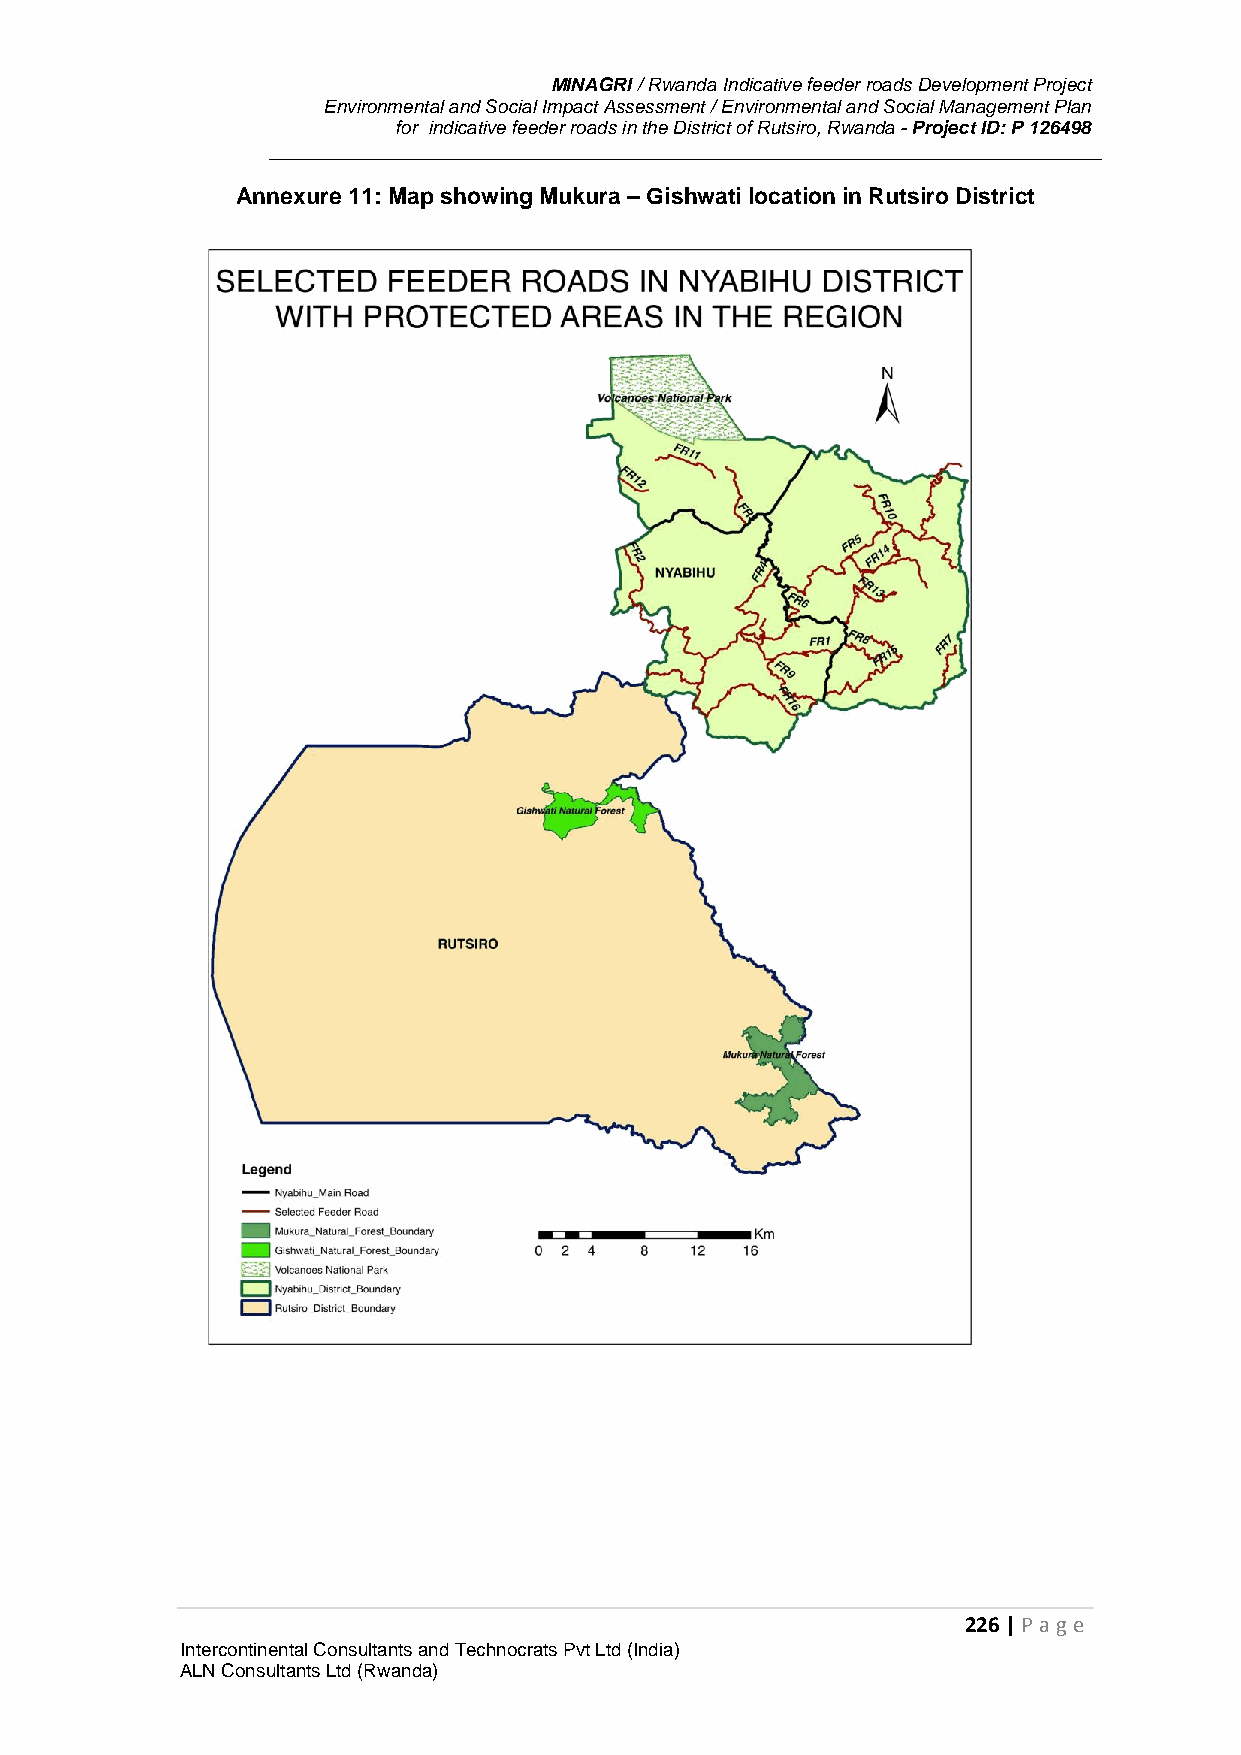
MINAGRI / Rwanda Indicative feeder roads Development Project
 Environmental and Social Impact Assessment / Environmental and Social Management Plan
 for indicative feeder roads in the District of Rutsiro, Rwanda - Project ID: P 126498
 Annexure 11: Map showing Mukura – Gishwati location in Rutsiro District
 226 | P age
 Intercontinental Consultants and Technocrats Pvt Ltd (India)
 ALN Consultants Ltd (Rwanda)